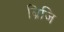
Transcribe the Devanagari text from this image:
ब्रिजि